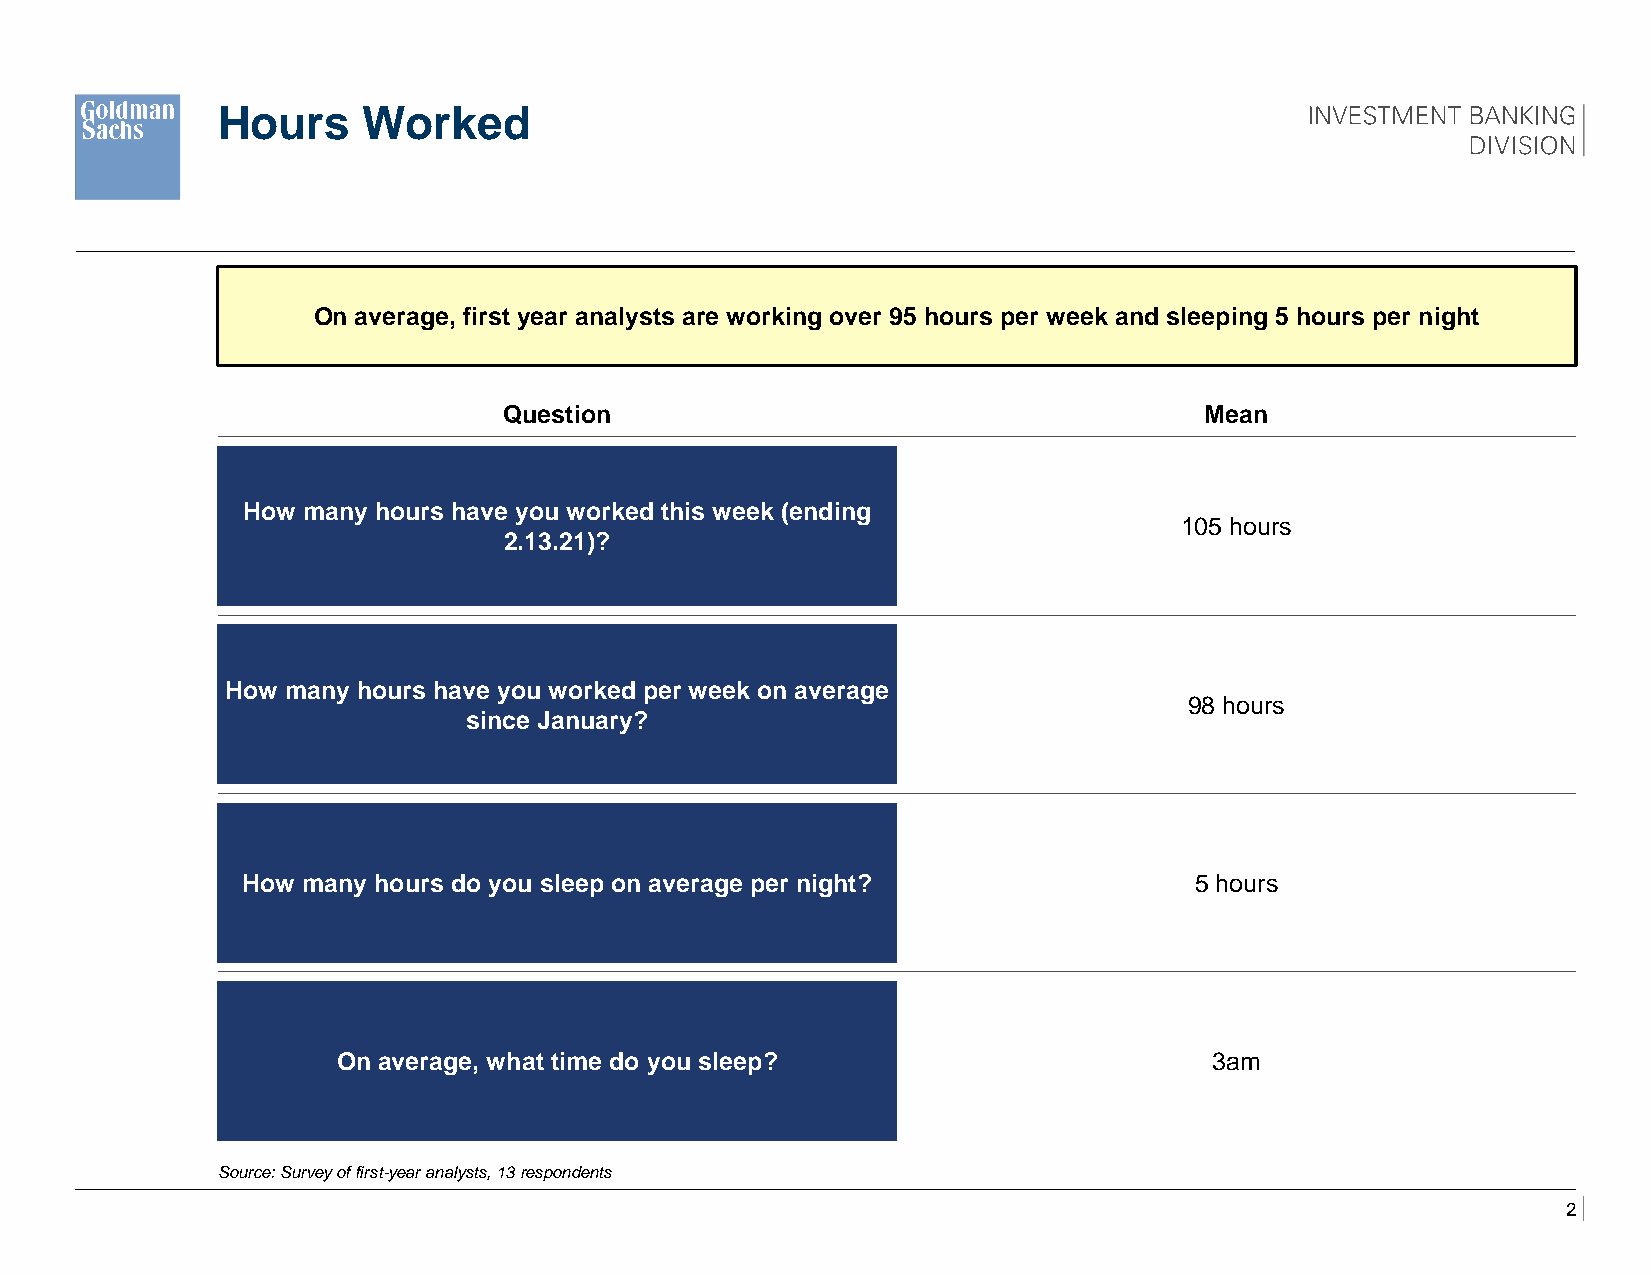
Hours     Worked
 On average, first year analysts are working over 95 hours per week and sleeping 5 hours per night
 Question                                       Mean
 How many hours have
 How many hours have you worked this week (ending
 105 hours
 2.13.21)?
 How many hours have you worked per week on average
 98 hours
 since January?
 How many hours do you sleep on average per night?              5 hours
 hours
 On average, what time do you sleep?                       3am
 Source: Survey of first-year analysts, 13 respondents
 2